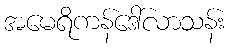
အမေရိကန်ဒေါ်လာသန်း